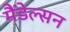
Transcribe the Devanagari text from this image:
मैंडेल्सन